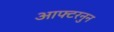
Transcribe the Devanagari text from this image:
आफ्टरनुन